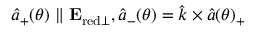
\hat { a } _ { + } ( \theta ) \parallel \mathbf { E } _ { \mathrm { r e d \perp } } , \hat { a } _ { - } ( \theta ) = \hat { k } \times \hat { a } ( \theta ) _ { + }